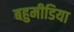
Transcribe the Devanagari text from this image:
बहुमीडिया